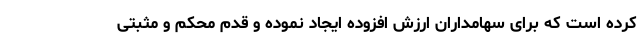
کرده است که برای سهامداران ارزش افزوده ایجاد نموده و قدم محکم و مثبتی